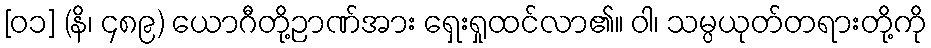
[၀၁] (နိ၊ ၄၈၉) ယောဂီတို့ဉာဏ်အား ရှေးရှုထင်လာ၏။ ဝါ၊ သမ္ပယုတ်တရားတို့ကို